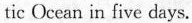
tic Ocean in five days.